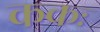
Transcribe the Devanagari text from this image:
ककः